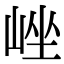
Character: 㟇